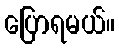
ပြောရမယ်။